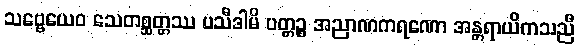
သဗ္ဗေယေဝ သေတစ္ဆတ္တဿ ပသီဒါမိ ပတ္တဉ္စ အညာဏကရဏော အန္တရာယိကသညီ